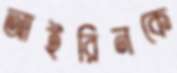
আইরিনকে